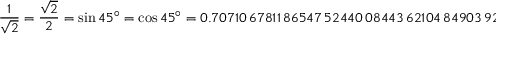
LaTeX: { \frac { 1 } { \sqrt { 2 } } } = { \frac { \sqrt { 2 } } { 2 } } = \sin 4 5 ^ { \circ } = \cos 4 5 ^ { \circ } = 0 . 7 0 7 1 0 \, 6 7 8 1 1 \, 8 6 5 4 7 \, 5 2 4 4 0 \, 0 8 4 4 3 \, 6 2 1 0 4 \, 8 4 9 0 3 \, 9 2 8 4 8 . . .